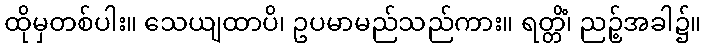
ထိုမှတစ်ပါး။ သေယျထာပိ၊ ဥပမာမည်သည်ကား။ ရတ္တိံ၊ ညဉ့်အခါ၌။